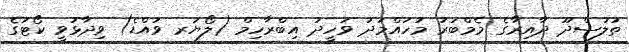
ތުލުސްދޫ ދާއިރާގެ މެމްބަރު މުހައްމަދު ވަހީދު އިބްރާހިމް (ލޯޔަރ ވައްޑެ) ވިދާޅުވީ ކޯޓުގެ